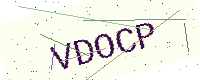
Text: VDOCP